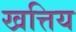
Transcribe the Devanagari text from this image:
खत्तिय